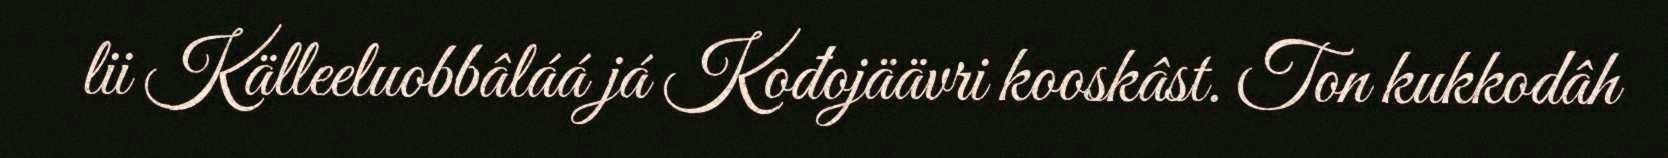
lii Källeeluobbâláá já Kođojäävri kooskâst. Ton kukkodâh